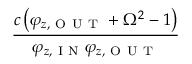
\frac { c \left( \varphi _ { z , \mathrm { ~ O ~ U ~ T ~ } } + \Omega ^ { 2 } - 1 \right) } { \varphi _ { z , \mathrm { ~ I ~ N ~ } } \varphi _ { z , \mathrm { ~ O ~ U ~ T ~ } } }